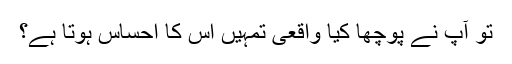
تو آپ نے پوچھا کیا واقعی تمہیں اس کا احساس ہوتا ہے؟